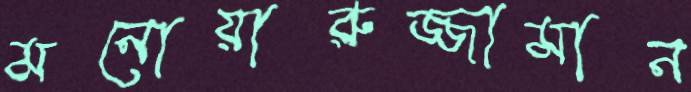
মনোয়ারুজ্জামান